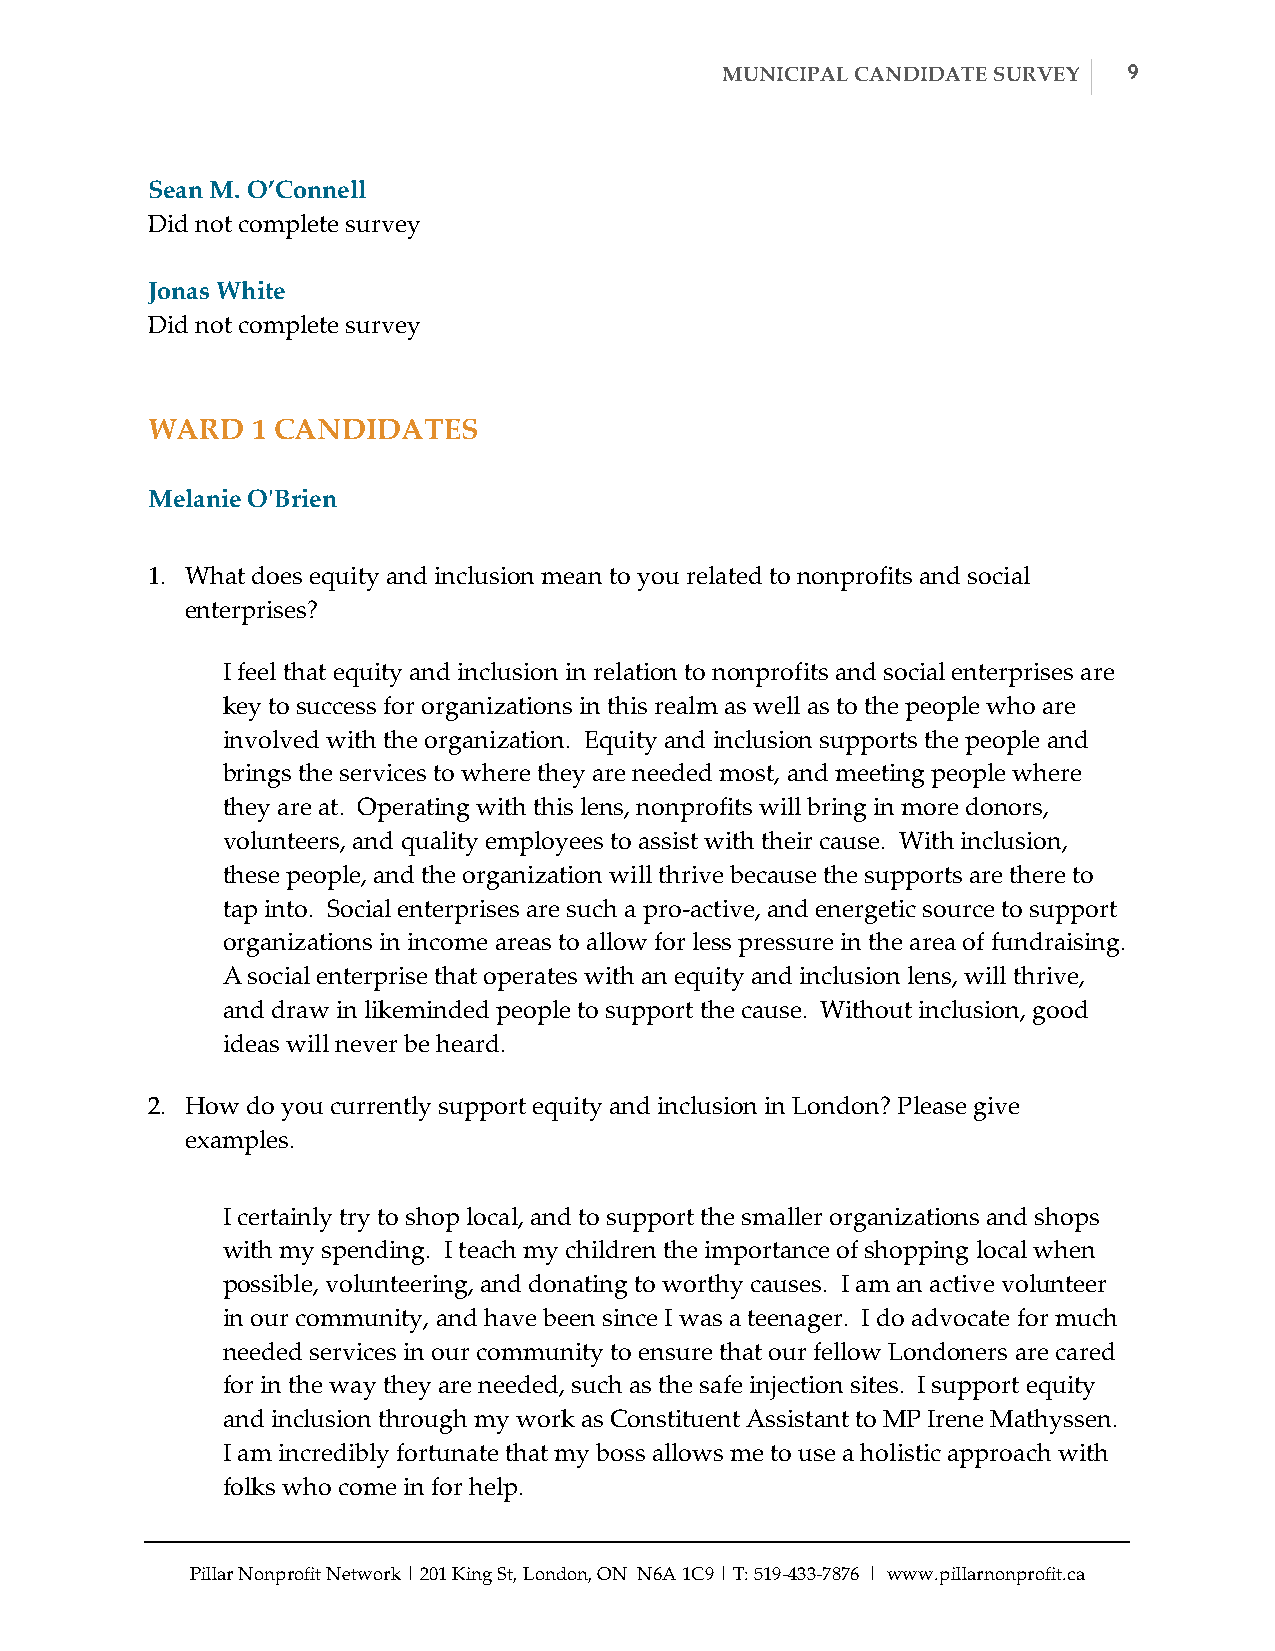
MUNICIPAL CANDIDATE SURVEY 9
 Sean M. O’Connell
 Did not complete survey
 Jonas White
 Did not complete survey
 WARD   1 CANDIDATES
 Melanie O'ʹBrien
 1. What does equity and inclusion mean to you related to nonprofits and social
 enterprises?
 I feel that equity and inclusion in relation to nonprofits and social enterprises are
 key to success for organizations in this realm as well as to the people who are
 involved with the organization. Equity and inclusion supports the people and
 brings the services to where they are needed most, and meeting people where
 they are at. Operating with this lens, nonprofits will bring in more donors,
 volunteers, and quality employees to assist with their cause. With inclusion,
 these people, and the organization will thrive because the supports are there to
 tap into. Social enterprises are such a pro-­‐‑active, and energetic source to support
 organizations in income areas to allow for less pressure in the area of fundraising.
 A social enterprise that operates with an equity and inclusion lens, will thrive,
 and draw in likeminded people to support the cause. Without inclusion, good
 ideas will never be heard.
 2. How do you currently support equity and inclusion in London? Please give
 examples.
 I certainly try to shop local, and to support the smaller organizations and shops
 with my spending. I teach my children the importance of shopping local when
 possible, volunteering, and donating to worthy causes. I am an active volunteer
 in our community, and have been since I was a teenager. I do advocate for much
 needed services in our community to ensure that our fellow Londoners are cared
 for in the way they are needed, such as the safe injection sites. I support equity
 and inclusion through my work as Constituent Assistant to MP Irene Mathyssen.
 I am incredibly fortunate that my boss allows me to use a holistic approach with
 folks who come in for help.
 Pillar Nonprofit Network | 201 King St, London, ON N6A 1C9 | T: 519-­‐‑433-­‐‑7876 | www.pillarnonprofit.ca